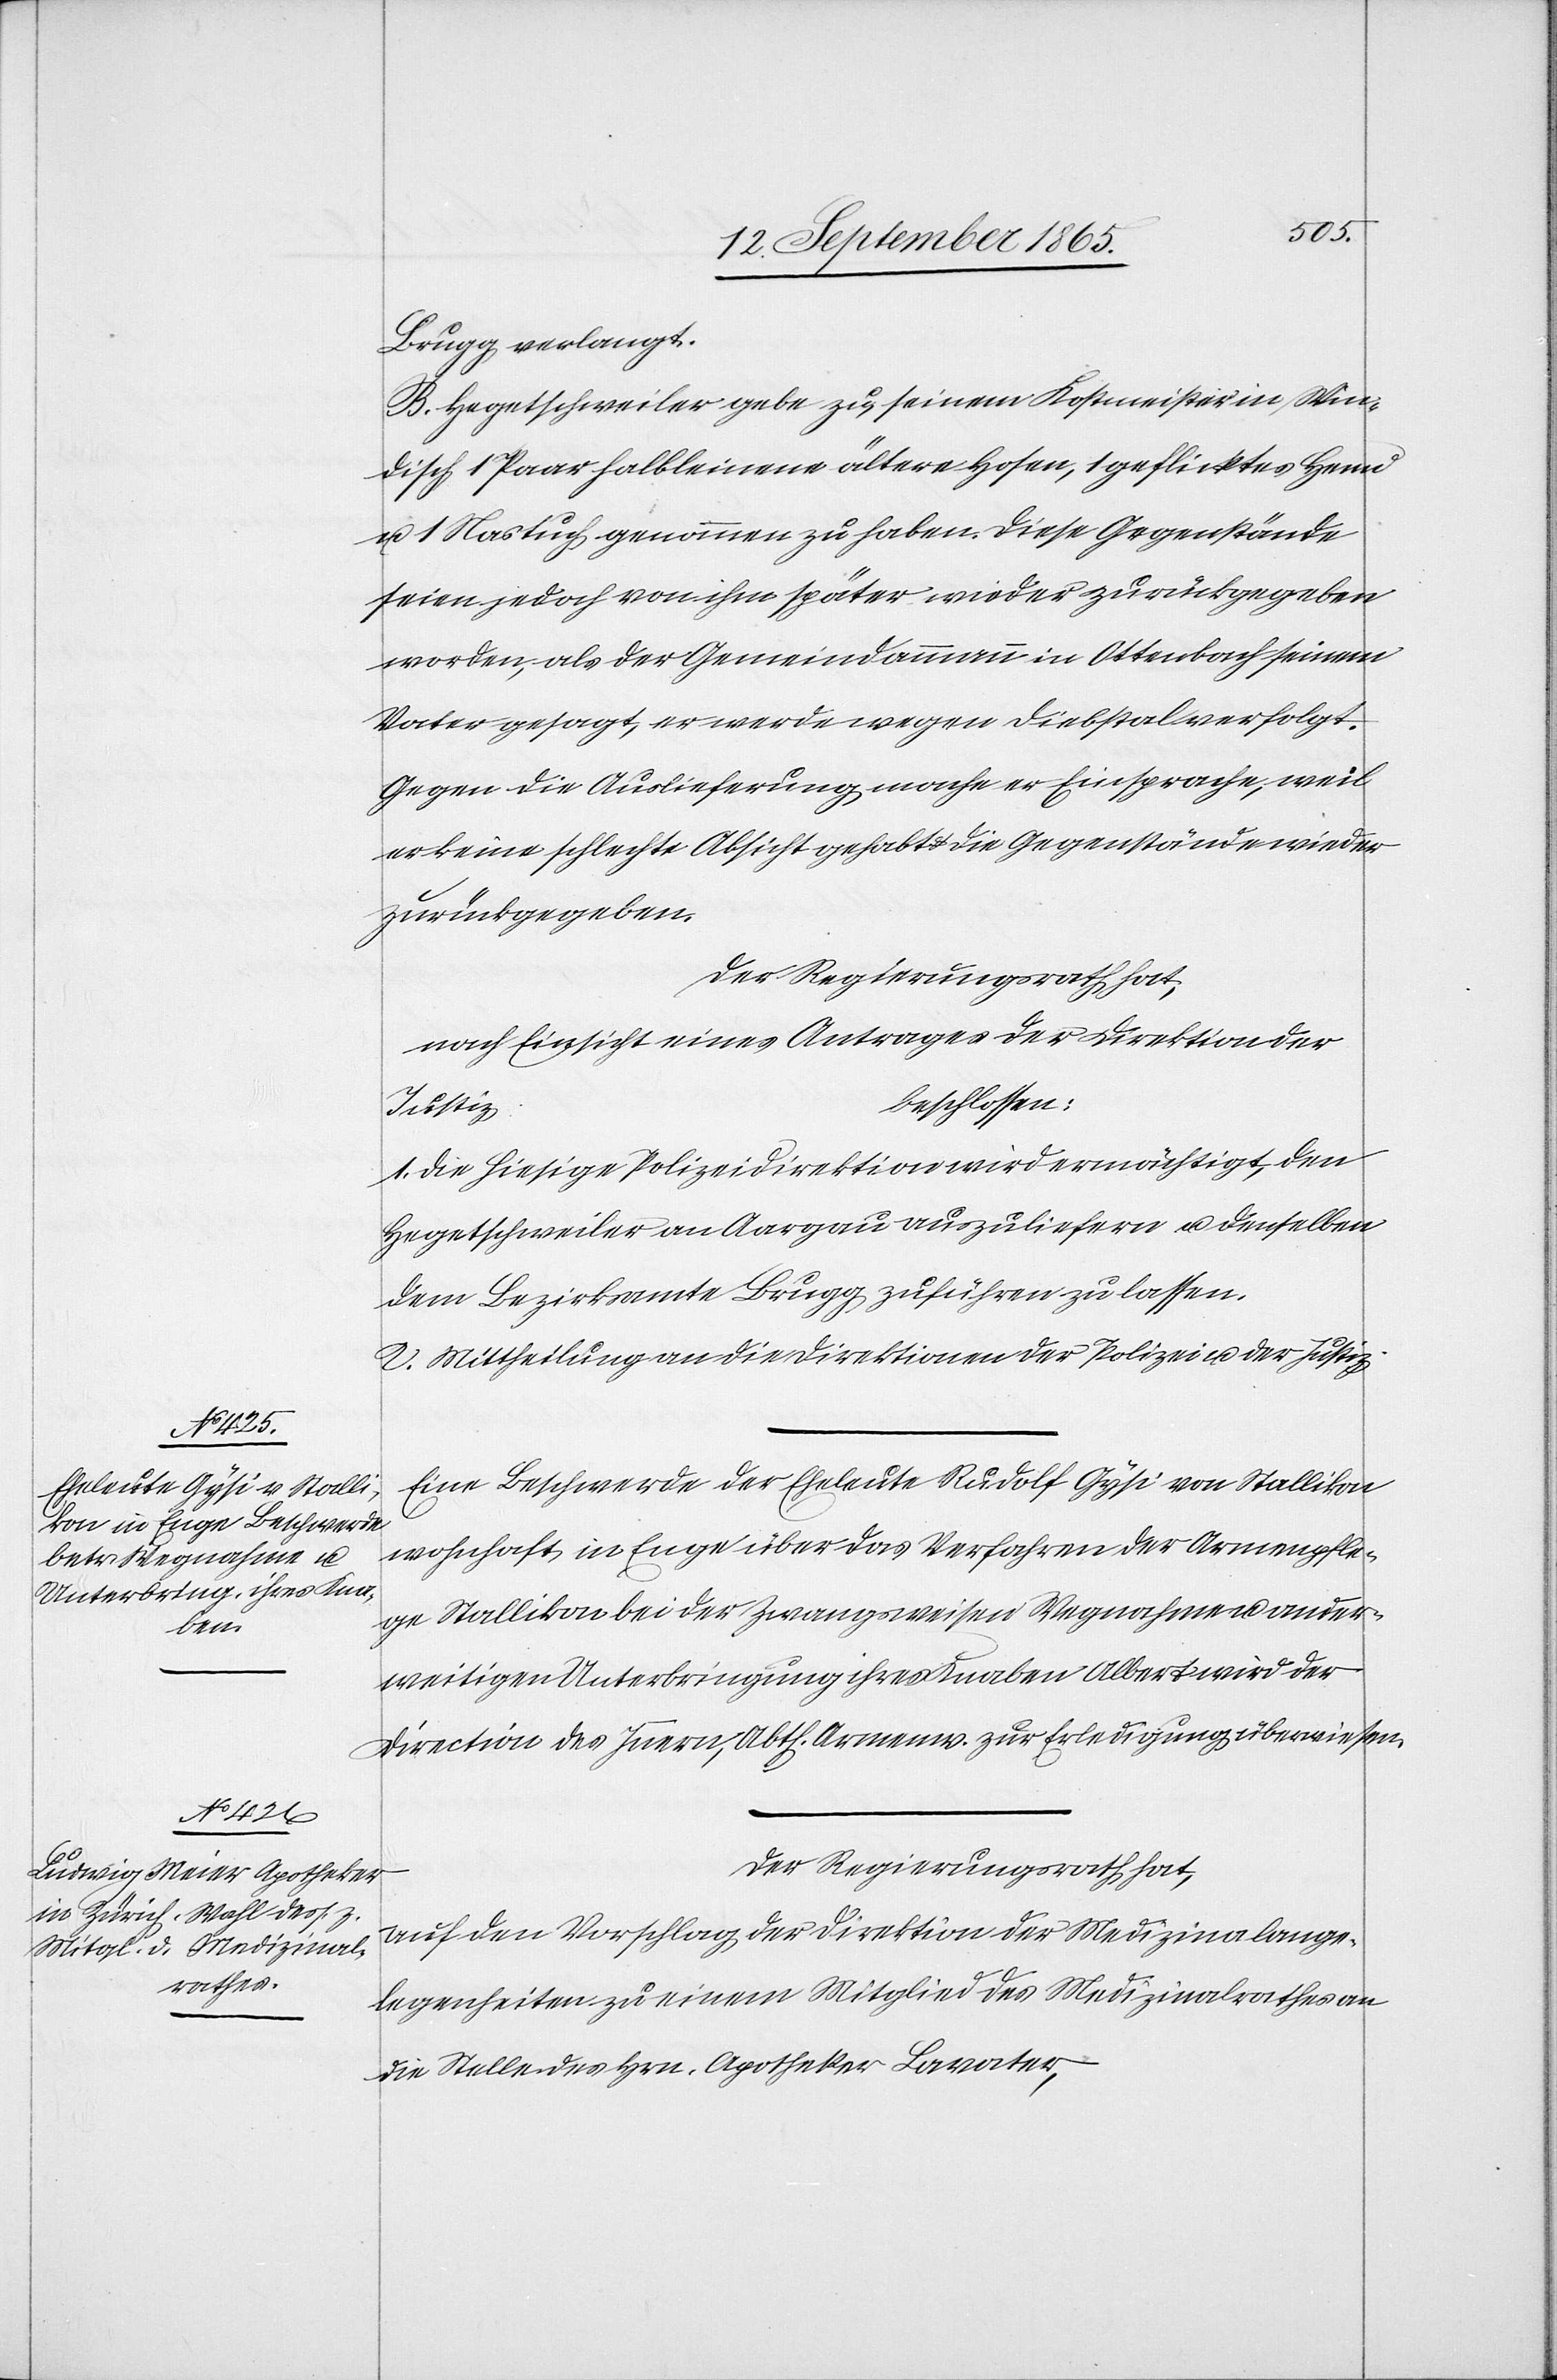
Brugg verlangt.
B. Hegetschweiler gebe zu, seinem Kostmeister in Win¬
disch 1 Paar halbleinene ältere Hosen, 1 geflicktes Hemd
1 Nastuch genommen zu haben. Diese Gegenstände
seien jedoch von ihm später wieder zurückgegeben
worden, als der Gemeindammann in Ottenbach seinem
Vater gesagt, er werde wegen Diebstal verfolgt.
Gegen die Auslieferung mach er Einsprache, weil
er keine schlechte Absicht gehabt u. die Gegenstände wieder
zurückgegeben.
Der Regierungsrath hat,
nach Einsicht eines Antrages der Direktion der
beschlossen:
Justiz,
1. Die hiesige Polizeidirektion wird ermächtigt, den
Hegetschweiler an Aargau auszuliefern u. denselben
dem Bezirksamte Brugg zuführen zu lassen.
2. Mittheilung an die Direktion der Polizei u. der Justiz.
Eine Beschwerde der Eheleute Rudolf Gysi von Stallikon
wohnhaft in Enge über das Verfahren der Armenpfle¬
ge Stallikon bei der Zwangsweisen Wegnahme u. ander¬
weitigen Unterbringung ihres Knaben Albert wird der
Direction des Innern, Abth. Armenw. zur Erledigung überwiesen.
Der Regierungsrath hat,
auf den Vorschlag der Direktion der Medizinalange¬
legenheiten zu einem Mitglied des Medizinalrathes an
die Stelle des Hrn. Apotheker Lavater,